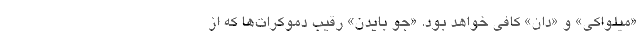
«میلواکی» و «دان» کافی خواهد بود. «جو بایدن» رقیب دموکرات‌ها که از